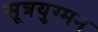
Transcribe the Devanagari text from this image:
सूत्रयुग्मन